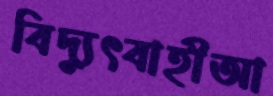
বিদ্যুৎবাহীআ